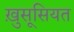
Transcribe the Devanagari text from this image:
ख़ुसूसियत